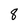
Character: 8